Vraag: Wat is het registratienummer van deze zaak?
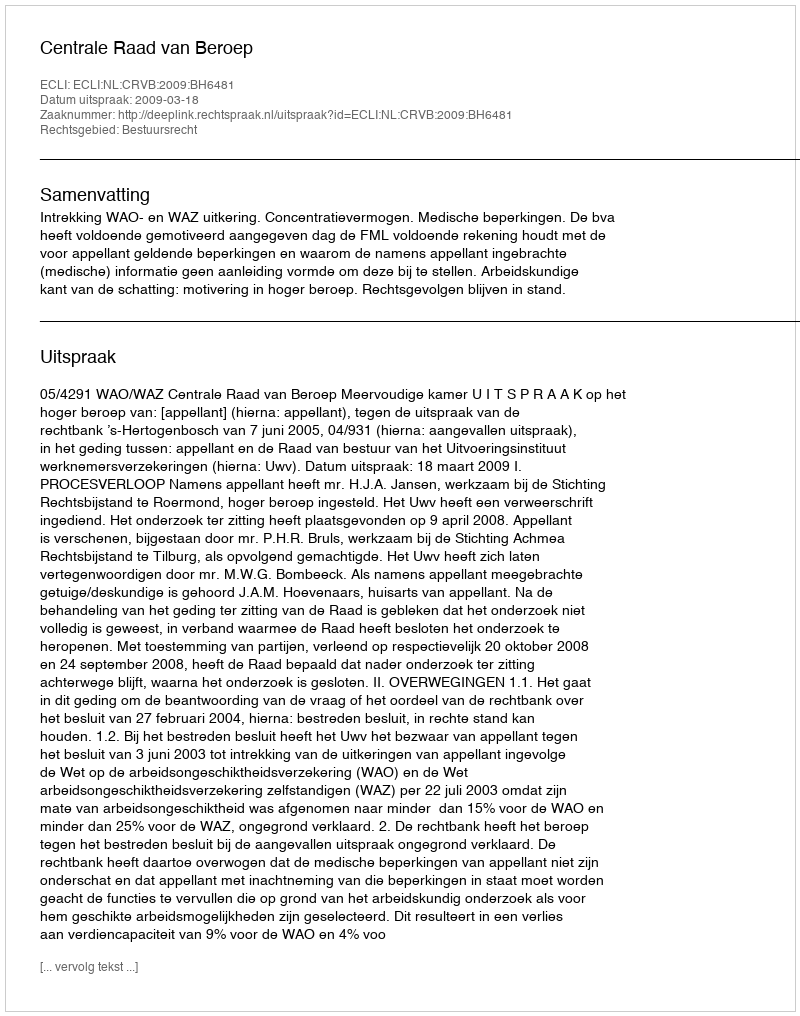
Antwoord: http://deeplink.rechtspraak.nl/uitspraak?id=ECLI:NL:CRVB:2009:BH6481